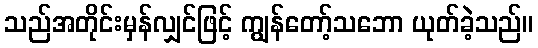
သည်အတိုင်းမှန်လျှင်ဖြင့် ကျွန်တော့်သဘော ယုတ်ခဲ့သည်။